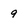
Character: 9